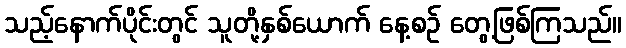
သည့်နောက်ပိုင်းတွင် သူတို့နှစ်ယောက် နေ့စဉ် တွေ့ဖြစ်ကြသည်။